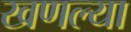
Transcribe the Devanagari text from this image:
खणल्या